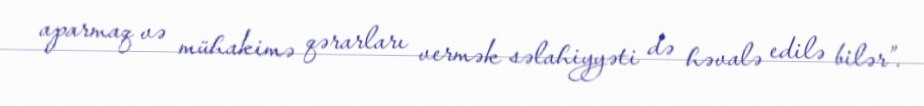
aparmaq və mühakimə qərarları vermək səlahiyyəti də həvalə edilə bilər”.